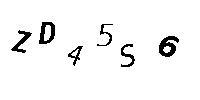
ZD45S6